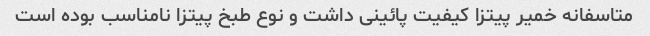
متاسفانه خمیر پیتزا کیفیت پائینی داشت و نوع طبخ پیتزا نامناسب بوده است